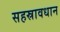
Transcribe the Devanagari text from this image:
सहस्रावधान